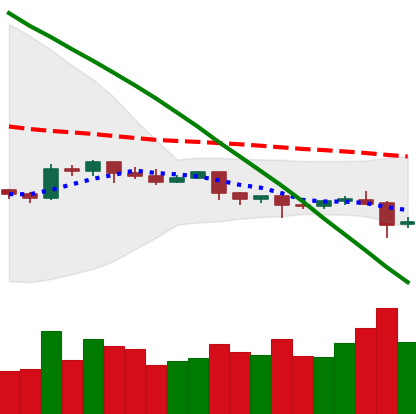
Ticker: EOS-USD
Chart end date: 2019-10-24
Forward return: 23.937%
Label: up_7plus